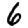
Digit: 6